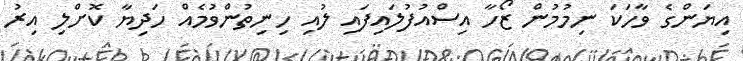
އިޔަންގެ ވާހަކަ ނިމުމުން ޒޯހާ އިސްއުފުލައިފައި ލުއި ހިނިތުންވުމެއް ހަދިޔާ ކޮށްލި އިރު